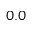
0 . 0